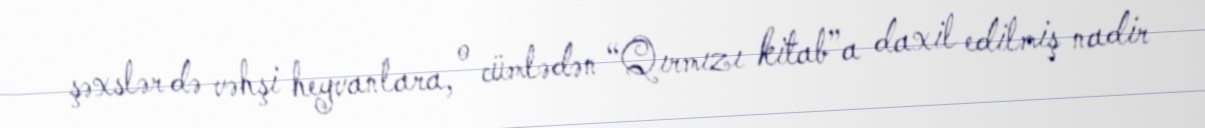
şəxslər də vəhşi heyvanlara, o cümlədən “Qırmızı kitab”a daxil edilmiş nadir